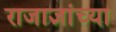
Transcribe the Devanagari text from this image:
राजाज्ञांच्या